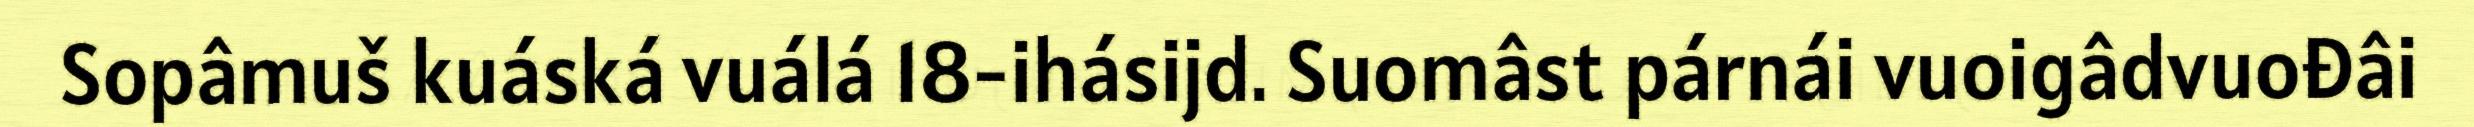
Sopâmuš kuáská vuálá 18-ihásijd. Suomâst párnái vuoigâdvuođâi